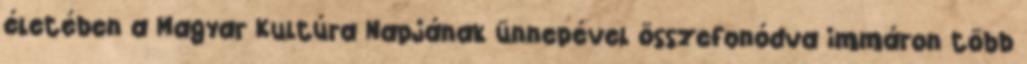
életében a Magyar Kultúra Napjának ünnepével összefonódva immáron több